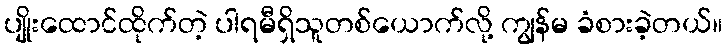
ပျိုးထောင်ထိုက်တဲ့ ပါရမီရှိသူတစ်ယောက်လို့ ကျွန်မ ခံစားခဲ့တယ်။